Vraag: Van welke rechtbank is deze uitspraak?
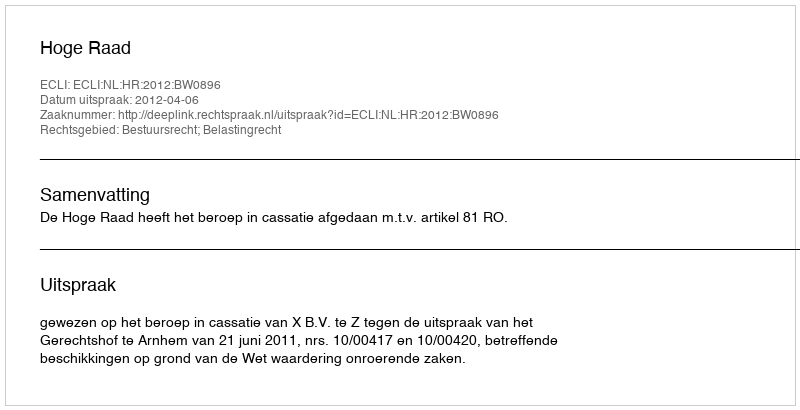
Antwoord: Hoge Raad